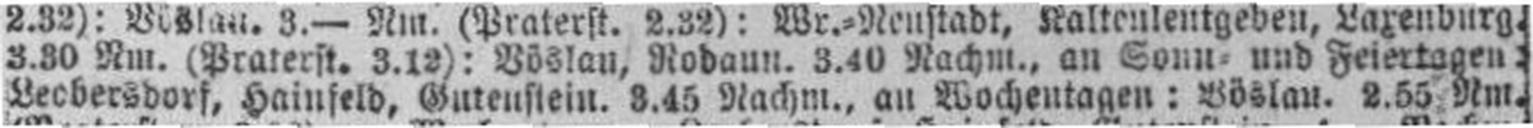
Leobersdorf, Hainfeld, Gutenstein. 3.45 Nachm., an Wochentagen: Böslau. 2.55 Nm.